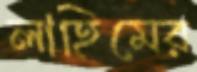
লাহিমের